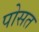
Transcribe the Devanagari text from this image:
पोसत